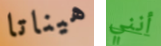
هيناتا أنني